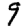
Digit: 9